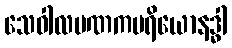
သေဝါလပဏကပရိယောနဒ္ဓါ